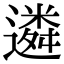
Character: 遴